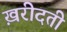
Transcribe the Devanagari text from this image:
ख़रीदती